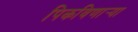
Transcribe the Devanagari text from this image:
पिकविणार्‍या